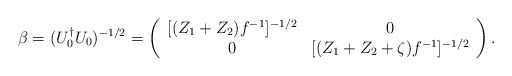
\begin{align*}\beta=(U_0^\dag U_0)^{-1/2}=\left(\begin{array}{cc}[(Z_1+Z_2)f^{-1}]^{-1/2} & 0 \\ 0 & [(Z_1+Z_2+\zeta)f^{-1}]^{-1/2} \end{array}\right).\end{align*}